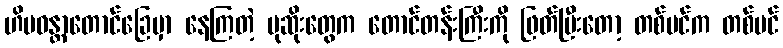
ဟိမဝန္တာတောင်ခြေမှာ နေကြတဲ့ မုဆိုးတွေက တောင်တန်းကြီးကို ဖြတ်ပြီးတော့ တစ်ပင်က တစ်ပင်